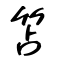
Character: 笘